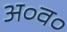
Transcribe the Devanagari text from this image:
अ०व०